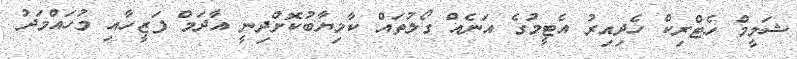
ޝަމީމް ހެޓްރިކް ހެދިއިރު އެޓީމުގެ އަނެއް ގޯލުތައް ކާމިޔާބުކޮށްދިނީ އާދަމް ފަޒީހާއި މުހައްމަދު